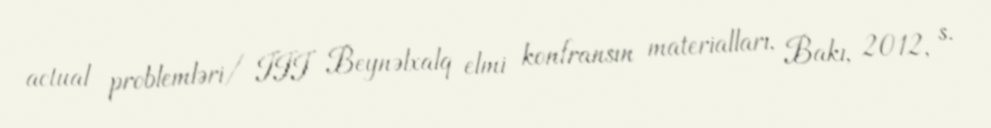
actual problemləri/ III Beynəlxalq elmi konfransın materialları, Bakı, 2012, s.